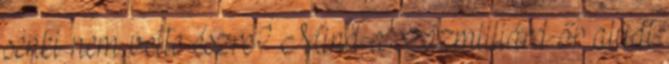
senki nem vette észre? Mind a százmilliárd őr aludt